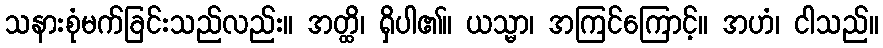
သနားစုံမက်ခြင်းသည်လည်း။ အတ္ထိ၊ ရှိပါ၏။ ယသ္မာ၊ အကြင်ကြောင့်။ အဟံ၊ ငါသည်။